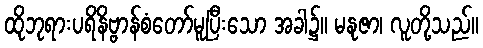
ထိုဘုရားပရိနိဗ္ဗာန်စံတော်မူပြီးသော အခါ၌။ မနုဇာ၊ လူတို့သည်။